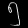
Digit: ၅